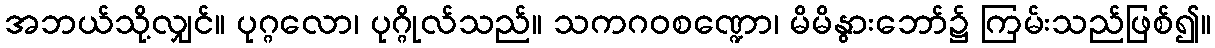
အဘယ်သို့လျှင်။ ပုဂ္ဂလော၊ ပုဂ္ဂိုလ်သည်။ သကဂဝစဏ္ဍော၊ မိမိနွားဘော်၌ ကြမ်းသည်ဖြစ်၍။